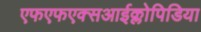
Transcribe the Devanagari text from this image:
एफएफएक्सआईक्लोपिडिया